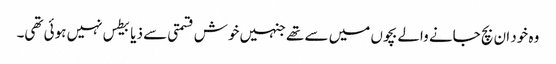
وہ خود ان بچ جانے والے بچوں میں سے تھے جنہیں خوش قسمتی سے ذیابیطس نہیں ہوئی تھی۔